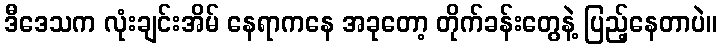
ဒီဒေသက လုံးချင်းအိမ် နေရာကနေ အခုတော့ တိုက်ခန်းတွေနဲ့ ပြည့်နေတာပဲ။